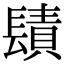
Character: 𨲪